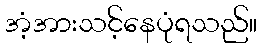
အံ့အားသင့်နေပုံရသည်။